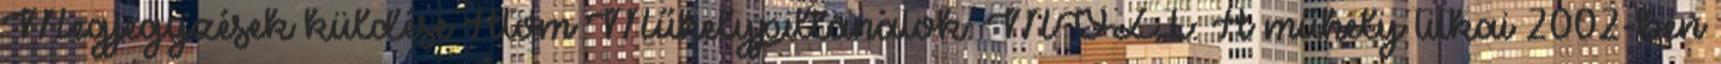
Megjegyzések küldése Atom Műhelypillanatok: MOZI: A műhely titkai 2002-ben